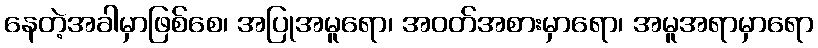
နေတဲ့အခါမှာဖြစ်စေ၊ အပြုအမူရော၊ အဝတ်အစားမှာရော၊ အမူအရာမှာရော